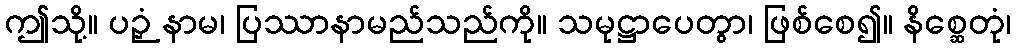
ဤသို့။ ပဉှံ နာမ၊ ပြဿာနာမည်သည်ကို။ သမုဋ္ဌာပေတွာ၊ ဖြစ်စေ၍။ နိစ္ဆေတုံ၊